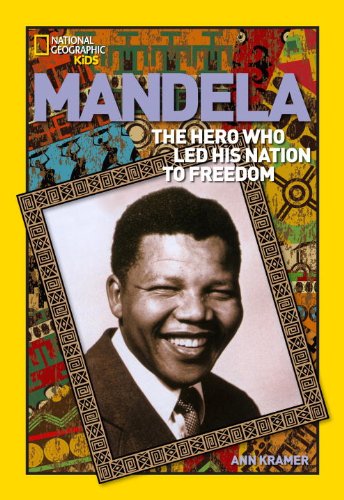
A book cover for Mandela: The Rebel Who Led His Nation to Freedom (National Geographic World History Biographies); Ann Kramer; Children's Books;